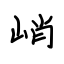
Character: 峭